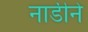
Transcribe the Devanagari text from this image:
नाडीने